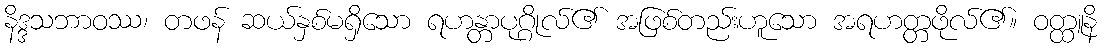
နိဒ္ဒသဘာဝဿ၊ တဖန် ဆယ်နှစ်မရှိသော ရဟန္တာပုဂ္ဂိုလ်၏ အဖြစ်တည်းဟူသော အရဟတ္တဖိုလ်၏။ ဝတ္ထူနိ